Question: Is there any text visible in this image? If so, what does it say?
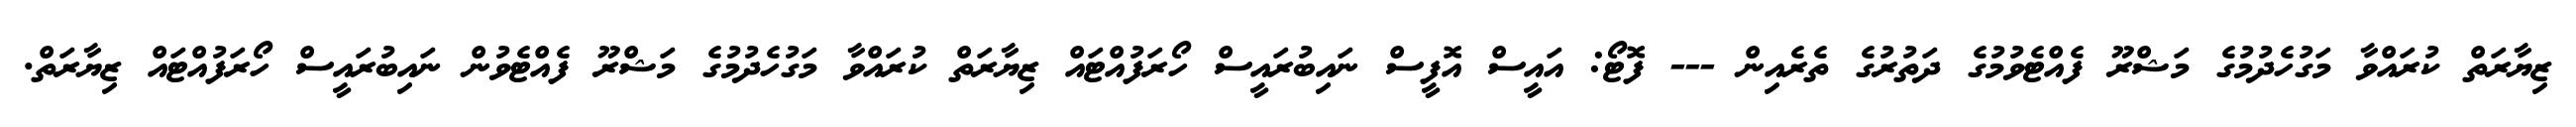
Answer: ޒިޔާރަތް ކުރައްވާ މަގުހެދުމުގެ މަޝްރޫ ފެއްޓެވުމުގެ ދަތުރުގެ ތެރެއިން --- ފޮޓޯ: އައީސް އޮފީސް ނައިބުރައީސް ހޯރަފުއްޓައް ޒިޔާރަތް ކުރައްވާ މަގުހެދުމުގެ މަޝްރޫ ފެއްޓެވުން ނައިބުރައީސް ހޯރަފުއްޓައް ޒިޔާރަތް.